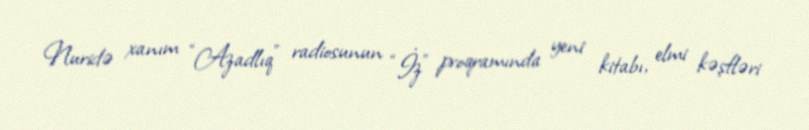
Nuridə xanım “Azadlıq” radiosunun “İz” proqramında yeni kitabı, elmi kəşfləri